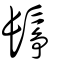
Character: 鬇